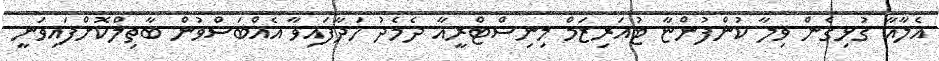
އެލާއާ ގުޅިގެން ވިލާ ކުންފުންޏާ ޓުއަރިޒަމް މިނިސްޓްރީއާ ދެމެދު ހަދާފައިވާ އެއްބަސްވުން ބާތިލްކޮށްފައިވަނީ